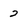
Character: 2